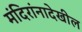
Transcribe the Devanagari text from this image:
मंदिरांनादेखील